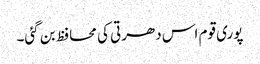
پوری قوم اس دھرتی کی محافظ بن گئی۔